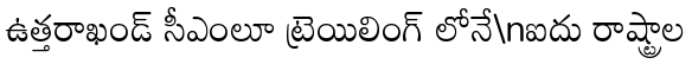
ఉత్తరాఖండ్ సీఎంలూ ట్రెయిలింగ్ లోనే\nఐదు రాష్ట్రాల